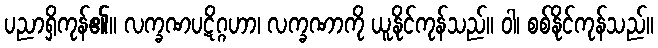
ပညာရှိကုန်၏။ လက္ခဏပဋိဂ္ဂဟာ၊ လက္ခဏာကို ယူနိုင်ကုန်သည်။ ဝါ၊ စစ်နိုင်ကုန်သည်။